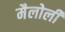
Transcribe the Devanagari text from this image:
मैलोली